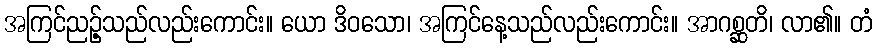
အကြင်ညဉ့်သည်လည်းကောင်း။ ယော ဒိဝသော၊ အကြင်နေ့သည်လည်းကောင်း။ အာဂစ္ဆတိ၊ လာ၏။ တံ